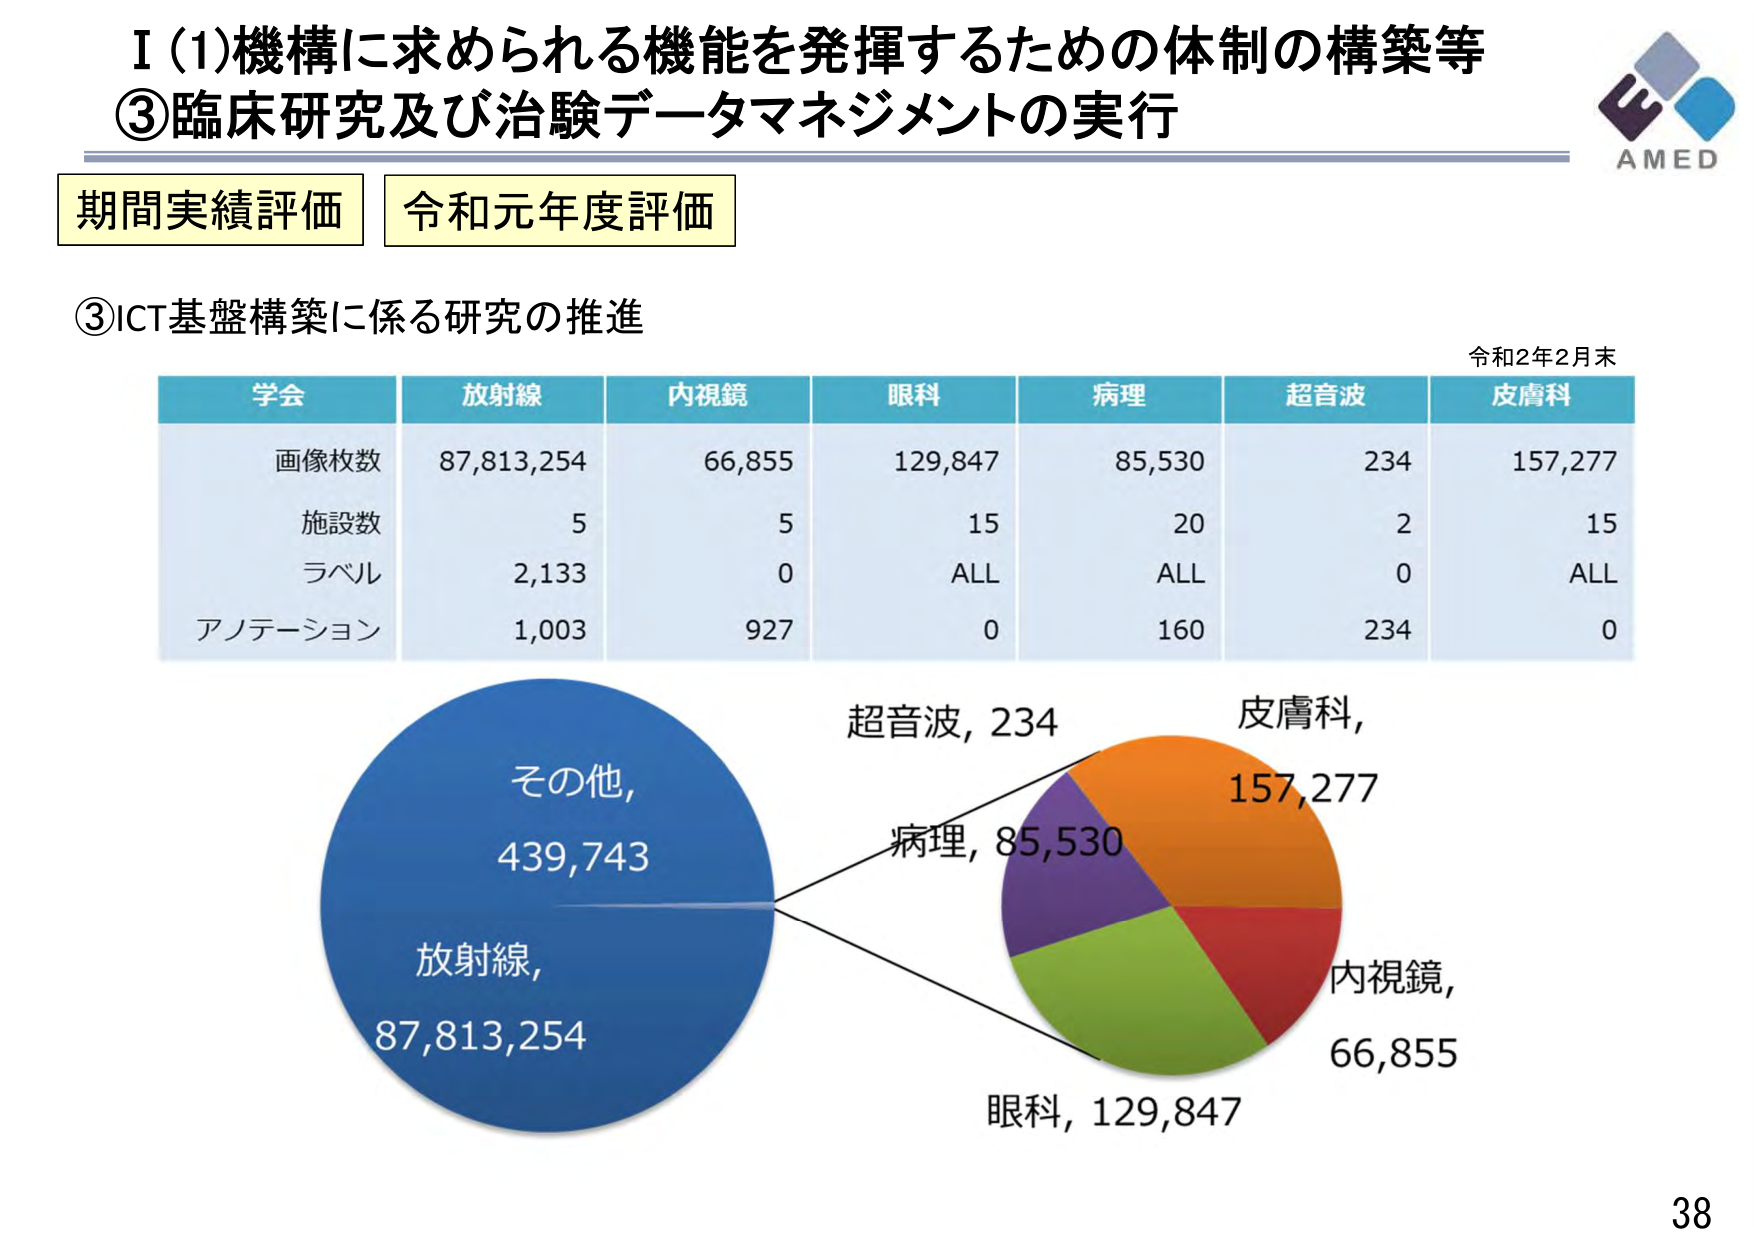
I (1)機構に求められる機能を発揮するための体制の構築等
③臨床研究及び治験データマネジメントの実行

期間実績評価 令和元年度評価

③ICT基盤構築に係る研究の推進

令和2年2月末

学会 放射線 内視鏡 眼科 病理 超音波 皮膚科
画像枚数 87,813,254 66,855 129,847 85,530 234 157,277
施設数 5 5 15 20 2 15
ラベル 2,133 0 ALL ALL 0 ALL
アノテーション 1,003 927 0 160 234 0

その他, 439,743
放射線, 87,813,254

超音波, 234
病理, 85,530
皮膚科, 157,277
内視鏡, 66,855
眼科, 129,847

AMED
38